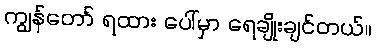
ကျွန်တော် ရထား ပေါ်မှာ ရေချိုးချင်တယ်။